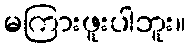
မကြားဖူးပါဘူး။